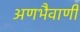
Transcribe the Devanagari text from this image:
अणभैवाणी